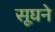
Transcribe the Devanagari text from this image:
सूघने